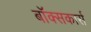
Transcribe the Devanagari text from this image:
बॉक्सकार्स